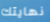
نهايتك